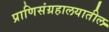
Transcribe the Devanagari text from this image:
प्राणिसंग्रहालयातील